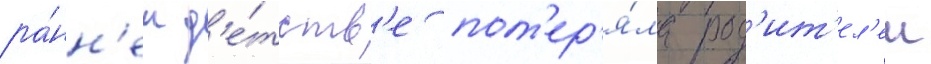
ра́нн'ем д'е́тств'е пот'ер'я́ла род'ит'ел'еи